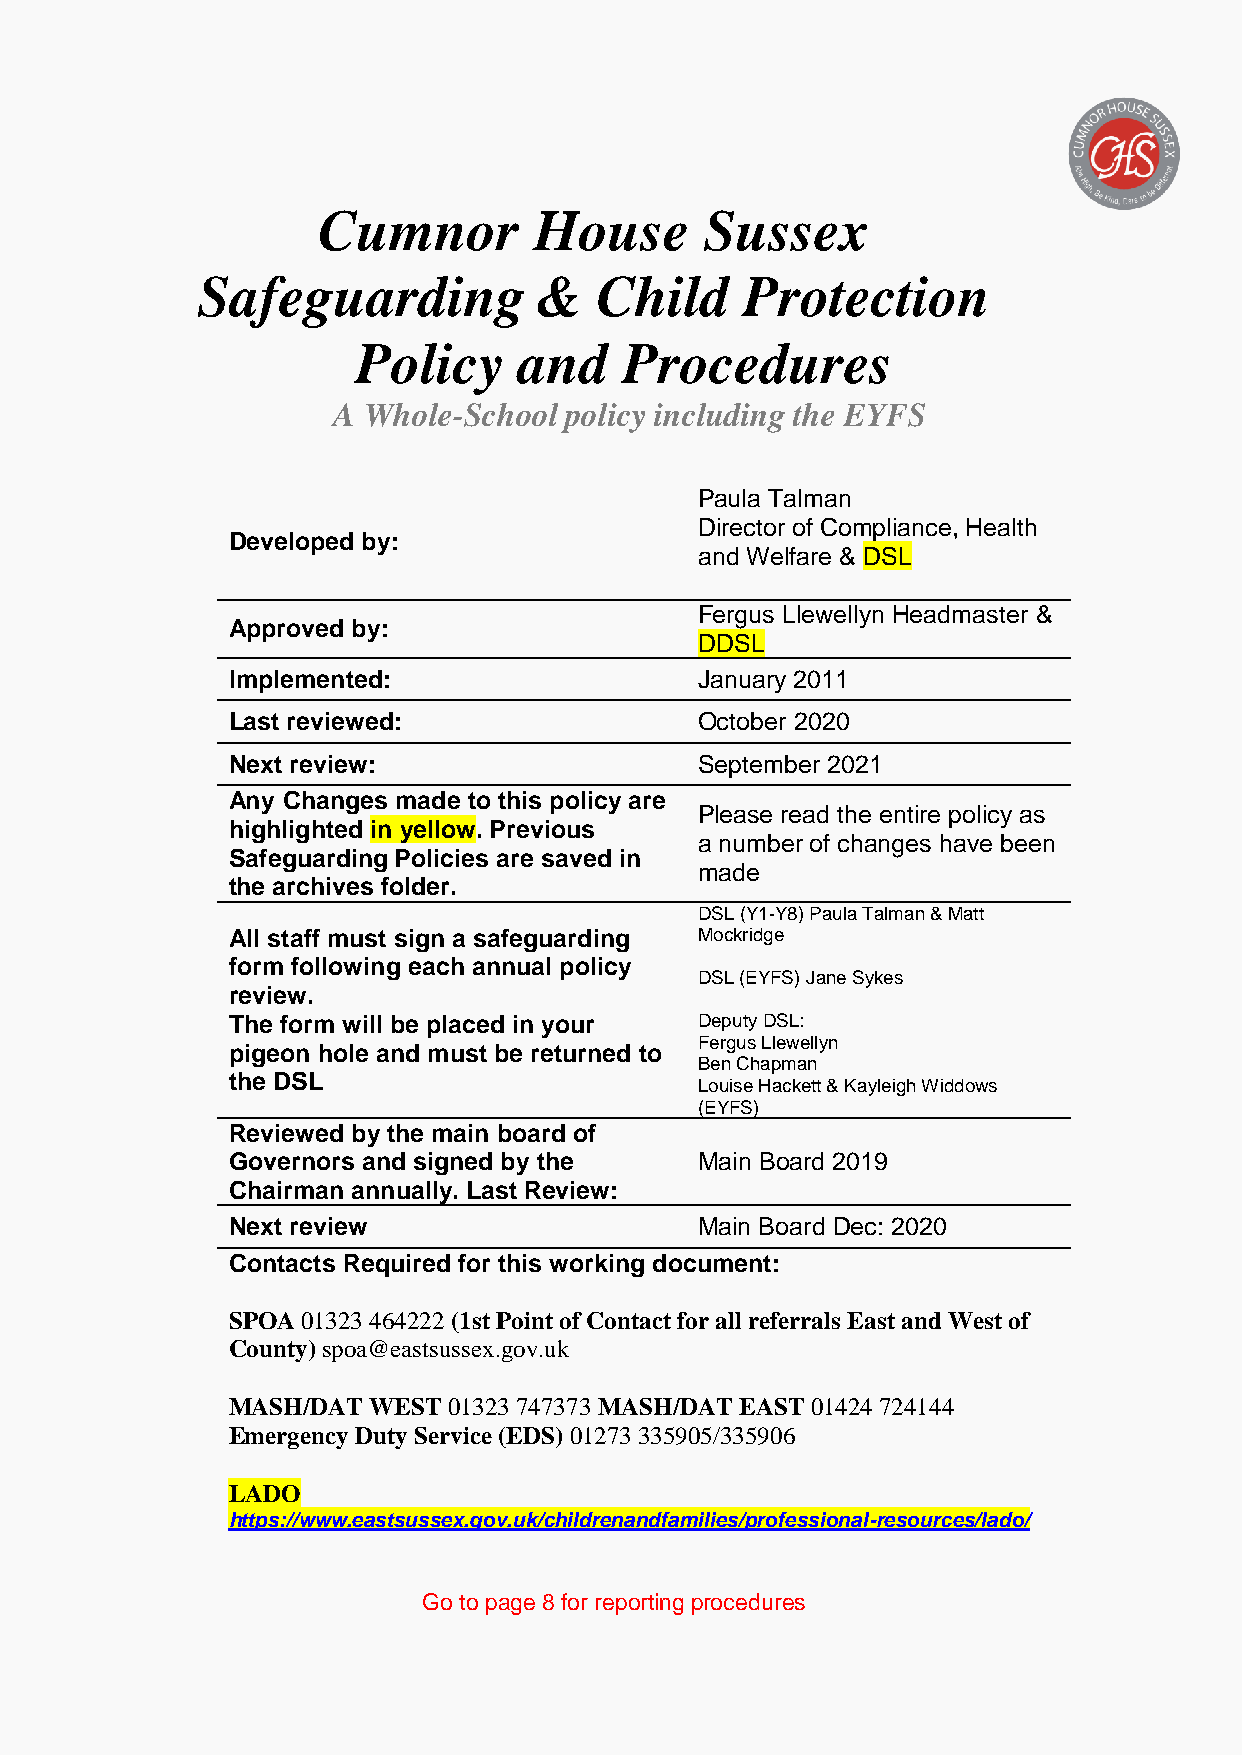
Cumnor        House       Sussex
 Safeguarding           &  Child     Protection
 Policy    and    Procedures
 A Whole-School policy including the EYFS
 Paula Talman
 Director of Compliance, Health
 Developed by:
 and Welfare & DSL
 Fergus Llewellyn Headmaster &
 Approved by:
 DDSL
 Implemented:                   January 2011
 Last reviewed:                 October 2020
 Next review:                   September 2021
 Any Changes made to this policy are
 Please read the entire policy as
 highlighted in yellow. Previous
 a number of changes have been
 Safeguarding Policies are saved in
 made
 the archives folder.
 DSL (Y1-Y8) Paula Talman & Matt
 All staff must sign a safeguarding Mockridge
 form following each annual policy
 DSL (EYFS) Jane Sykes
 review.
 The form will be placed in your Deputy DSL:
 Fergus Llewellyn
 pigeon hole and must be returned to
 Ben Chapman
 the DSL
 Louise Hackett & Kayleigh Widdows
 (EYFS)
 Reviewed by the main board of
 Governors and signed by the    Main Board 2019
 Chairman annually. Last Review:
 Next review                    Main Board Dec: 2020
 Contacts Required for this working document:
 SPOA 01323 464222 (1st Point of Contact for all referrals East and West of
 County) spoa@eastsussex.gov.uk
 MASH/DAT WEST  01323 747373 MASH/DAT EAST 01424 724144
 Emergency Duty Service (EDS) 01273 335905/335906
 LADO
 https://www.eastsussex.gov.uk/childrenandfamilies/professional-resources/lado/
 Go to page 8 for reporting procedures